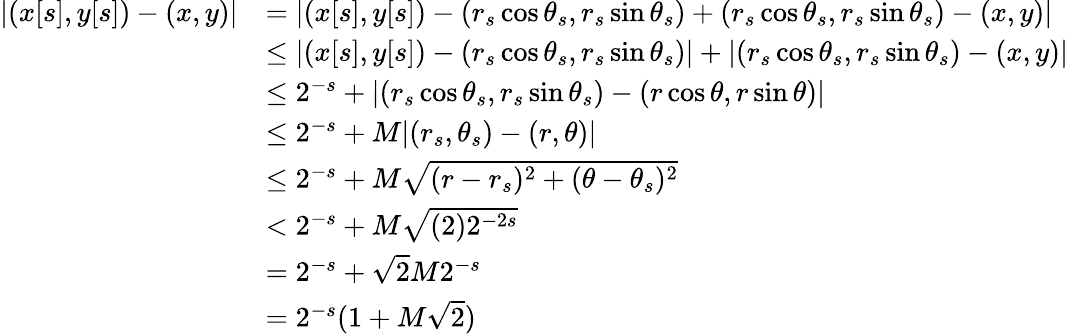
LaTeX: \begin{array}{rl}{|(x[s],y[s])-(x,y)|}&{=|(x[s],y[s])-(r_{s}\cos\theta_{s},r_{s}\sin\theta_{s})+(r_{s}\cos\theta_{s},r_{s}\sin\theta_{s})-(x,y)|}\\ &{\leq|(x[s],y[s])-(r_{s}\cos\theta_{s},r_{s}\sin\theta_{s})|+|(r_{s}\cos\theta_{s},r_{s}\sin\theta_{s})-(x,y)|}\\ &{\leq 2^{-s}+|(r_{s}\cos\theta_{s},r_{s}\sin\theta_{s})-(r\cos\theta,r\sin\theta)|}\\ &{\leq 2^{-s}+M|(r_{s},\theta_{s})-(r,\theta)|}\\ &{\leq 2^{-s}+M\sqrt{(r-r_{s})^{2}+(\theta-\theta_{s})^{2}}}\\ &{<2^{-s}+M\sqrt{(2)2^{-2s}}}\\ &{=2^{-s}+\sqrt{2}M2^{-s}}\\ &{=2^{-s}(1+M\sqrt{2})}\end{array}